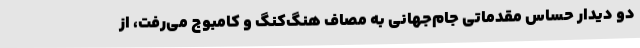
دو دیدار حساس مقدماتی جام‌جهانی به مصاف هنگ‌کنگ و کامبوج می‌رفت، از